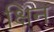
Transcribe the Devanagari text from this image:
क्षिन